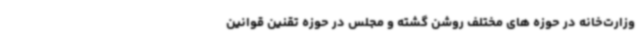
وزارت‌خانه در حوزه های مختلف روشن گشته و مجلس در حوزه تقنین قوانین